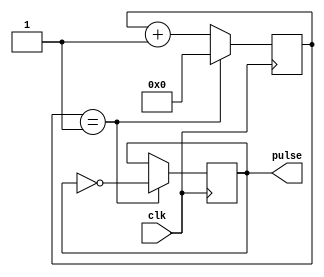
`timescale 1ns / 1ps

//////////////////////////////////////////////////////////////////////////////////

module clk25Mhz(
input clk,
output reg pulse
    );

reg [3:0] counter;

initial counter <= 0;
initial pulse <= 0;

always @ (posedge clk) begin
	counter <= counter + 1;
	if (counter == 1) begin
	pulse <= ~pulse;
	counter <= 0;
	end
end

endmodule